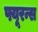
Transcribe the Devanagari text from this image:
फ्यूरन्स